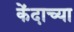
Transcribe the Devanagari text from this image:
केंदाच्या